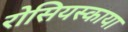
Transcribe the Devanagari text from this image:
रोसियस्काया